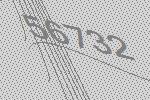
56732